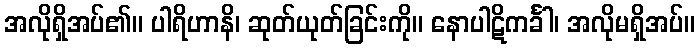
အလိုရှိအပ်၏။ ပါရိဟာနိ၊ ဆုတ်ယုတ်ခြင်းကို။ နောပါဋိကင်္ခါ၊ အလိုမရှိအပ်။